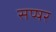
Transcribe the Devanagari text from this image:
सप्षर